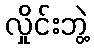
လှိုင်းဘွဲ့